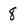
Character: 8